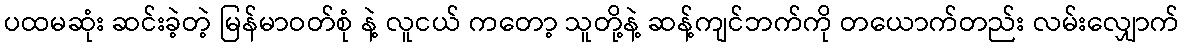
ပထမဆုံး ဆင်းခဲ့တဲ့ မြန်မာဝတ်စုံ နဲ့ လူငယ် ကတော့ သူတို့နဲ့ ဆန့်ကျင်ဘက်ကို တယောက်တည်း လမ်းလျှောက်